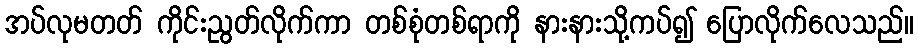
အပ်လုမတတ် ကိုင်းညွတ်လိုက်ကာ တစ်စုံတစ်ရာကို နားနားသို့ကပ်၍ ပြောလိုက်လေသည်။